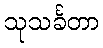
သုသင်္ခတာ